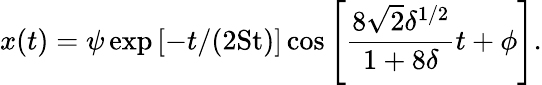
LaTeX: x(t)=\psi\exp\left[-t/(2\mathrm{St})\right]\cos\left[\frac{8\sqrt{2}\delta^{1/2}}{1+8\delta}t+\phi\right].